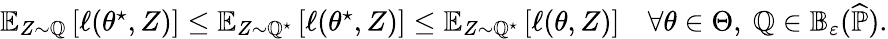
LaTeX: \begin{array}{r}{\mathbb E_{Z\sim\mathbb Q}\left[\ell(\theta^{\star},Z)\right]\leq\mathbb E_{Z\sim\mathbb Q^{\star}}\left[\ell(\theta^{\star},Z)\right]\leq\mathbb E_{Z\sim\mathbb Q^{\star}}\left[\ell(\theta,Z)\right]\quad\forall\theta\in\Theta,~\mathbb Q\in\mathbb B_{\varepsilon}(\widehat{\mathbb P}).}\end{array}